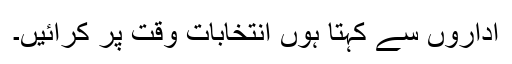
اداروں سے کہتا ہوں انتخابات وقت پر کرائیں۔